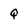
Character: Q